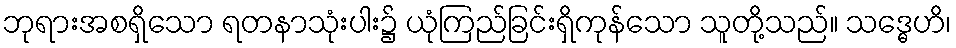
ဘုရားအစရှိသော ရတနာသုံးပါး၌ ယုံကြည်ခြင်းရှိကုန်သော သူတို့သည်။ သဒ္ဓေဟိ၊